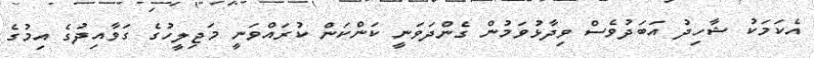
އެކަމަކު ޝާހިދު އަބަދުވެސް ވިދާޅުވަމުން ގެންދަވަނީ ކަންކަން ކުރައްވަނީ މަޖިލީހުގެ ގަވާއިދުގެ އިމުގެ